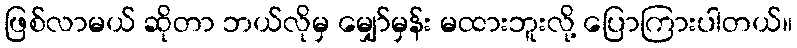
ဖြစ်လာမယ် ဆိုတာ ဘယ်လိုမှ မျှော်မှန်း မထားဘူးလို့ ပြောကြားပါတယ်။